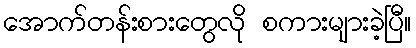
အောက်တန်းစားတွေလို စကားများခဲ့ပြီ။